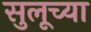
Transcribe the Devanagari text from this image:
सुलूच्या